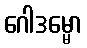
ဂေါဒမ္မော